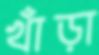
খাঁড়া